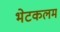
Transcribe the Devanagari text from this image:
भेटकलम